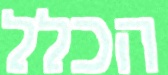
הכלל